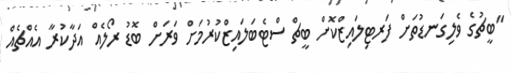
"ބީޗުގެ ވެލިގަނޑުތަށް ފަރޓިލައިޒްކޮށް ބީޗް ސްޓެބަލައިޒްކުރުމަށް ވަރަށް ބޮޑު ރޯލެއް އަދާކުރާ އެއްޗެއް